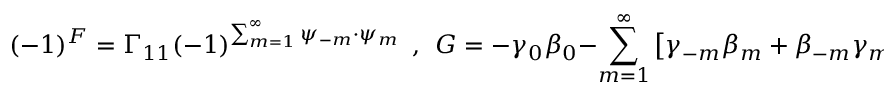
( - 1 ) ^ { F } = \Gamma _ { 1 1 } ( - 1 ) ^ { \sum _ { m = 1 } ^ { \infty } \psi _ { - m } \cdot \psi _ { m } } ~ ~ , ~ ~ { G } = - \gamma _ { 0 } \beta _ { 0 } - \sum _ { m = 1 } ^ { \infty } \left[ \gamma _ { - m } \beta _ { m } + \beta _ { - m } \gamma _ { m } \right] ~ ~ .